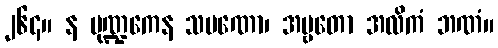
၂၆၄။ န မုဏ္ဍကေန သမဏော၊ အဗ္ဗတော အလိကံ ဘဏံ။